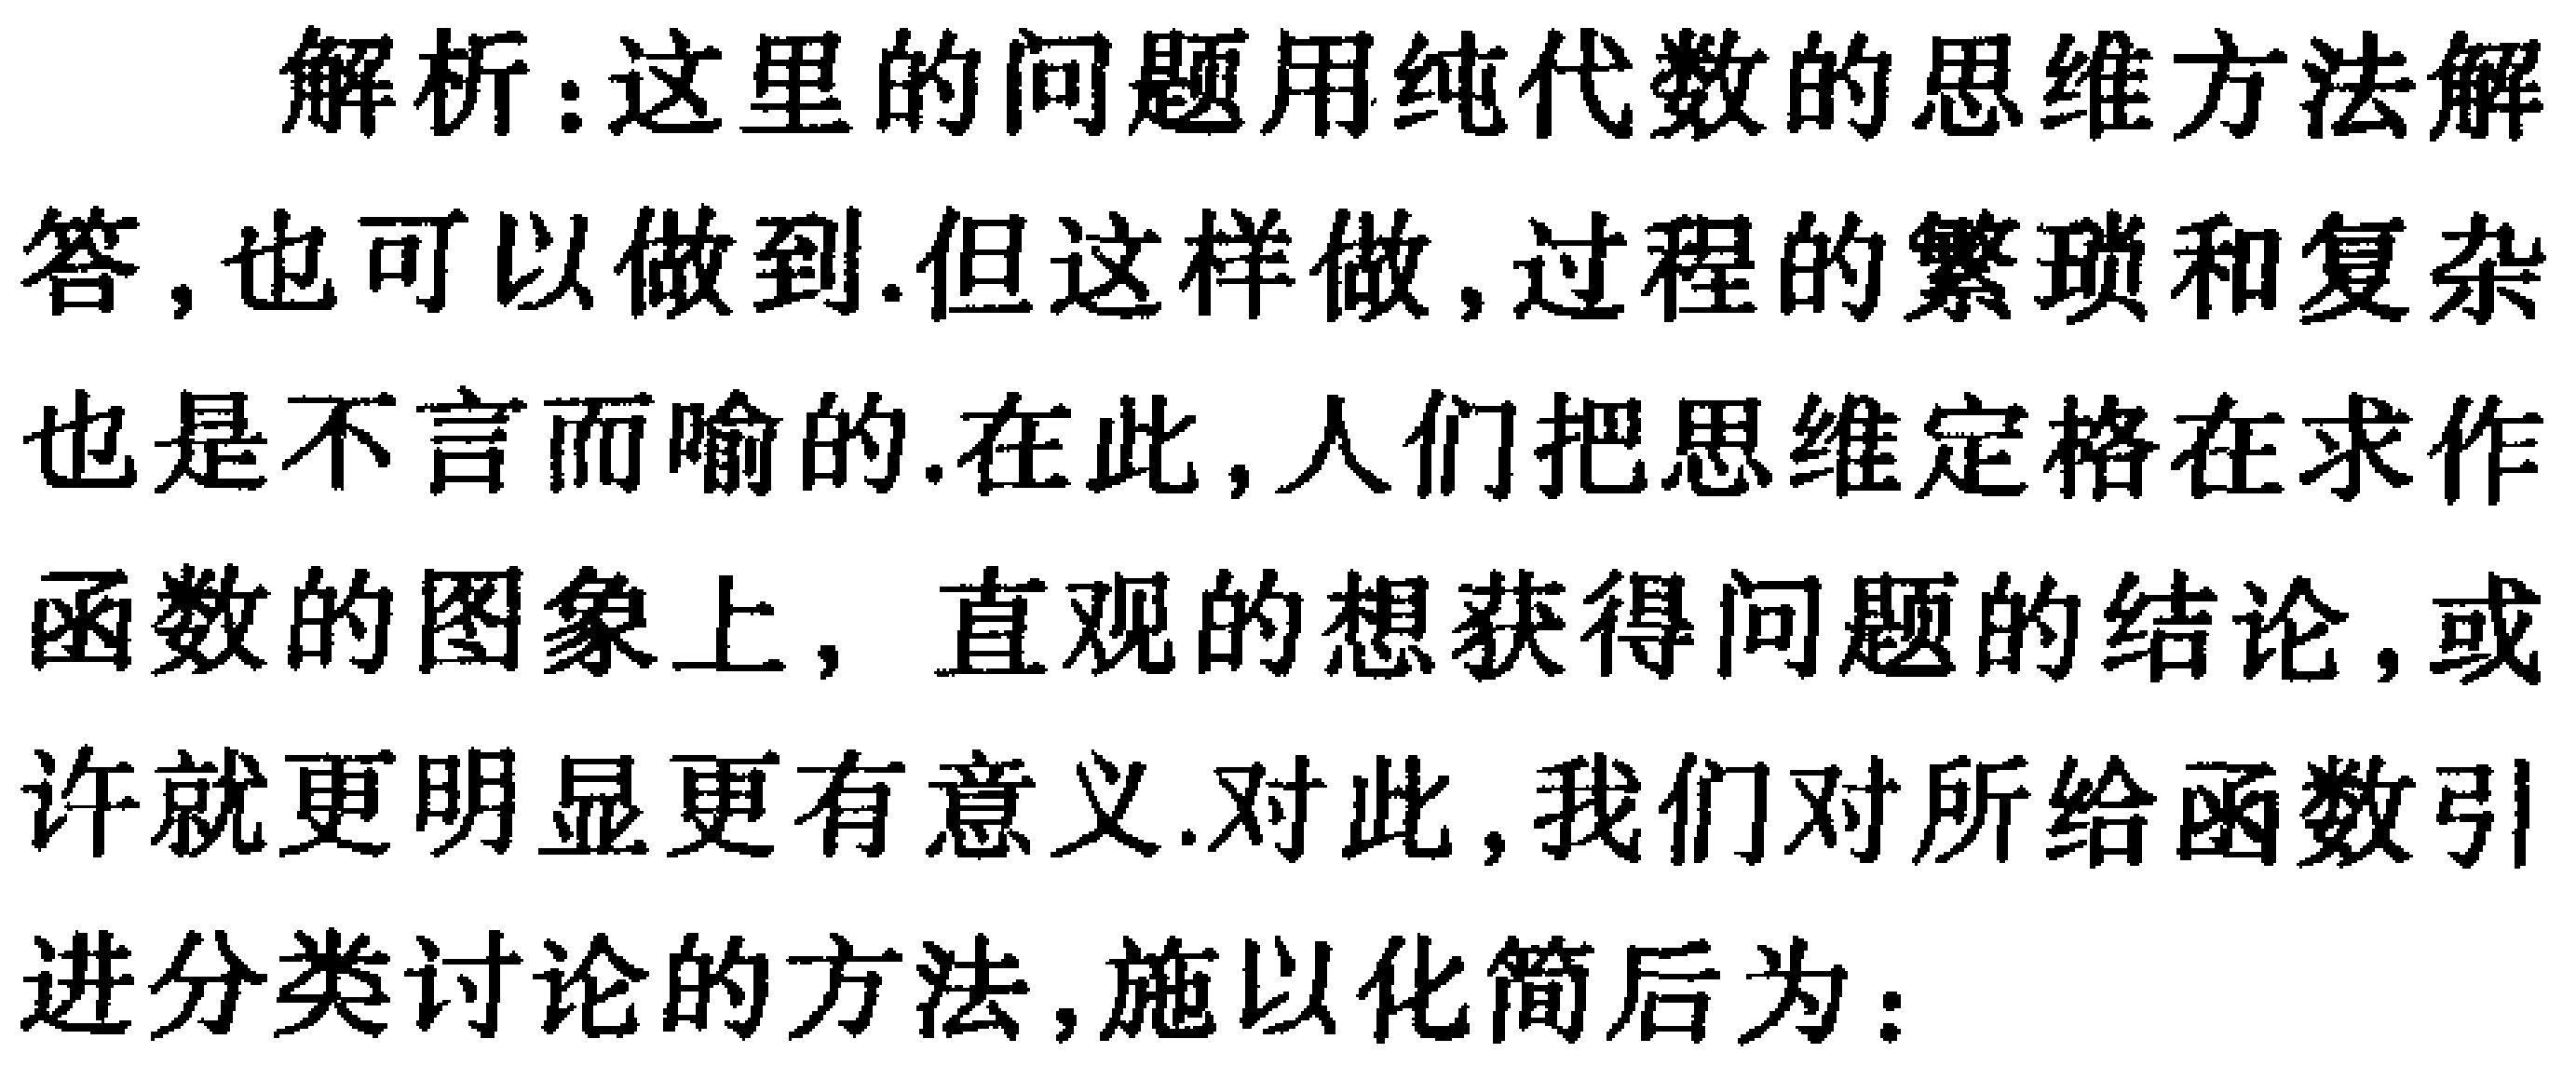
解析：这里的问题用纯代数的思维方法解答,也可以做到.但这样做,过程的繁琐和复杂也是不言而喻的.在此,人们把思维定格在求作函数的图象上，直观的想获得问题的结论,或许就更明显更有意义.对此,我们对所给函数引进分类讨论的方法,施以化简后为：